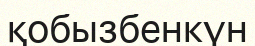
қобызбенкүн